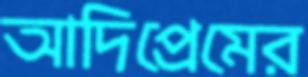
আদিপ্রেমের